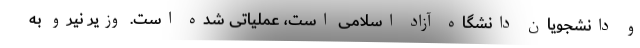
و دانشجویان دانشگاه آزاد اسلامی است، عملیاتی شده است. وزیر نیرو به